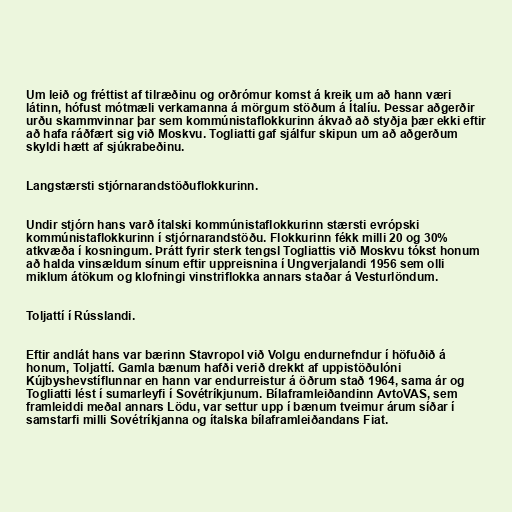
Um leið og fréttist af tilræðinu og orðrómur komst á kreik um að hann væri
látinn, hófust mótmæli verkamanna á mörgum stöðum á Ítalíu. Þessar aðgerðir
urðu skammvinnar þar sem kommúnistaflokkurinn ákvað að styðja þær ekki eftir
að hafa ráðfært sig við Moskvu. Togliatti gaf sjálfur skipun um að aðgerðum
skyldi hætt af sjúkrabeðinu.

Langstærsti stjórnarandstöðuflokkurinn.

Undir stjórn hans varð ítalski kommúnistaflokkurinn stærsti evrópski
kommúnistaflokkurinn í stjórnarandstöðu. Flokkurinn fékk milli 20 og 30%
atkvæða í kosningum. Þrátt fyrir sterk tengsl Togliattis við Moskvu tókst honum
að halda vinsældum sínum eftir uppreisnina í Ungverjalandi 1956 sem olli
miklum átökum og klofningi vinstriflokka annars staðar á Vesturlöndum.

Toljattí í Rússlandi.

Eftir andlát hans var bærinn Stavropol við Volgu endurnefndur í höfuðið á
honum, Toljattí. Gamla bænum hafði verið drekkt af uppistöðulóni
Kújbyshevstíflunnar en hann var endurreistur á öðrum stað 1964, sama ár og
Togliatti lést í sumarleyfi í Sovétríkjunum. Bílaframleiðandinn AvtoVAS, sem
framleiddi meðal annars Lödu, var settur upp í bænum tveimur árum síðar í
samstarfi milli Sovétríkjanna og ítalska bílaframleiðandans Fiat.